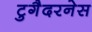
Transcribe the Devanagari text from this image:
टुगैदरनेस